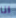
انا